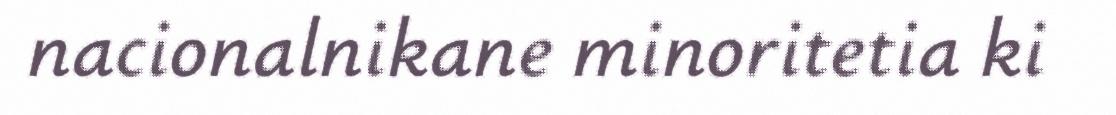
nacionalnikane minoritetia ki